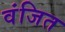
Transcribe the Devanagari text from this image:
वंजित